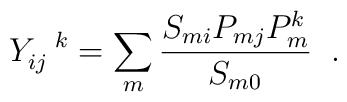
Y_{ij}^{\;\;\;k} = \sum_{m} \frac{S_{mi} P_{mj} P_{m}^k}{S_{m0}} \;\; .